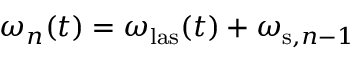
\omega _ { n } ( t ) = \omega _ { \mathrm { l a s } } ( t ) + \omega _ { \mathrm { s } , n - 1 }